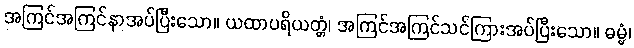
အကြင်အကြင်နာအပ်ပြီးသော။ ယထာပရိယတ္တံ၊ အကြင်အကြင်သင်ကြားအပ်ပြီးသော။ ဓမ္မံ၊